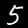
Label: 5